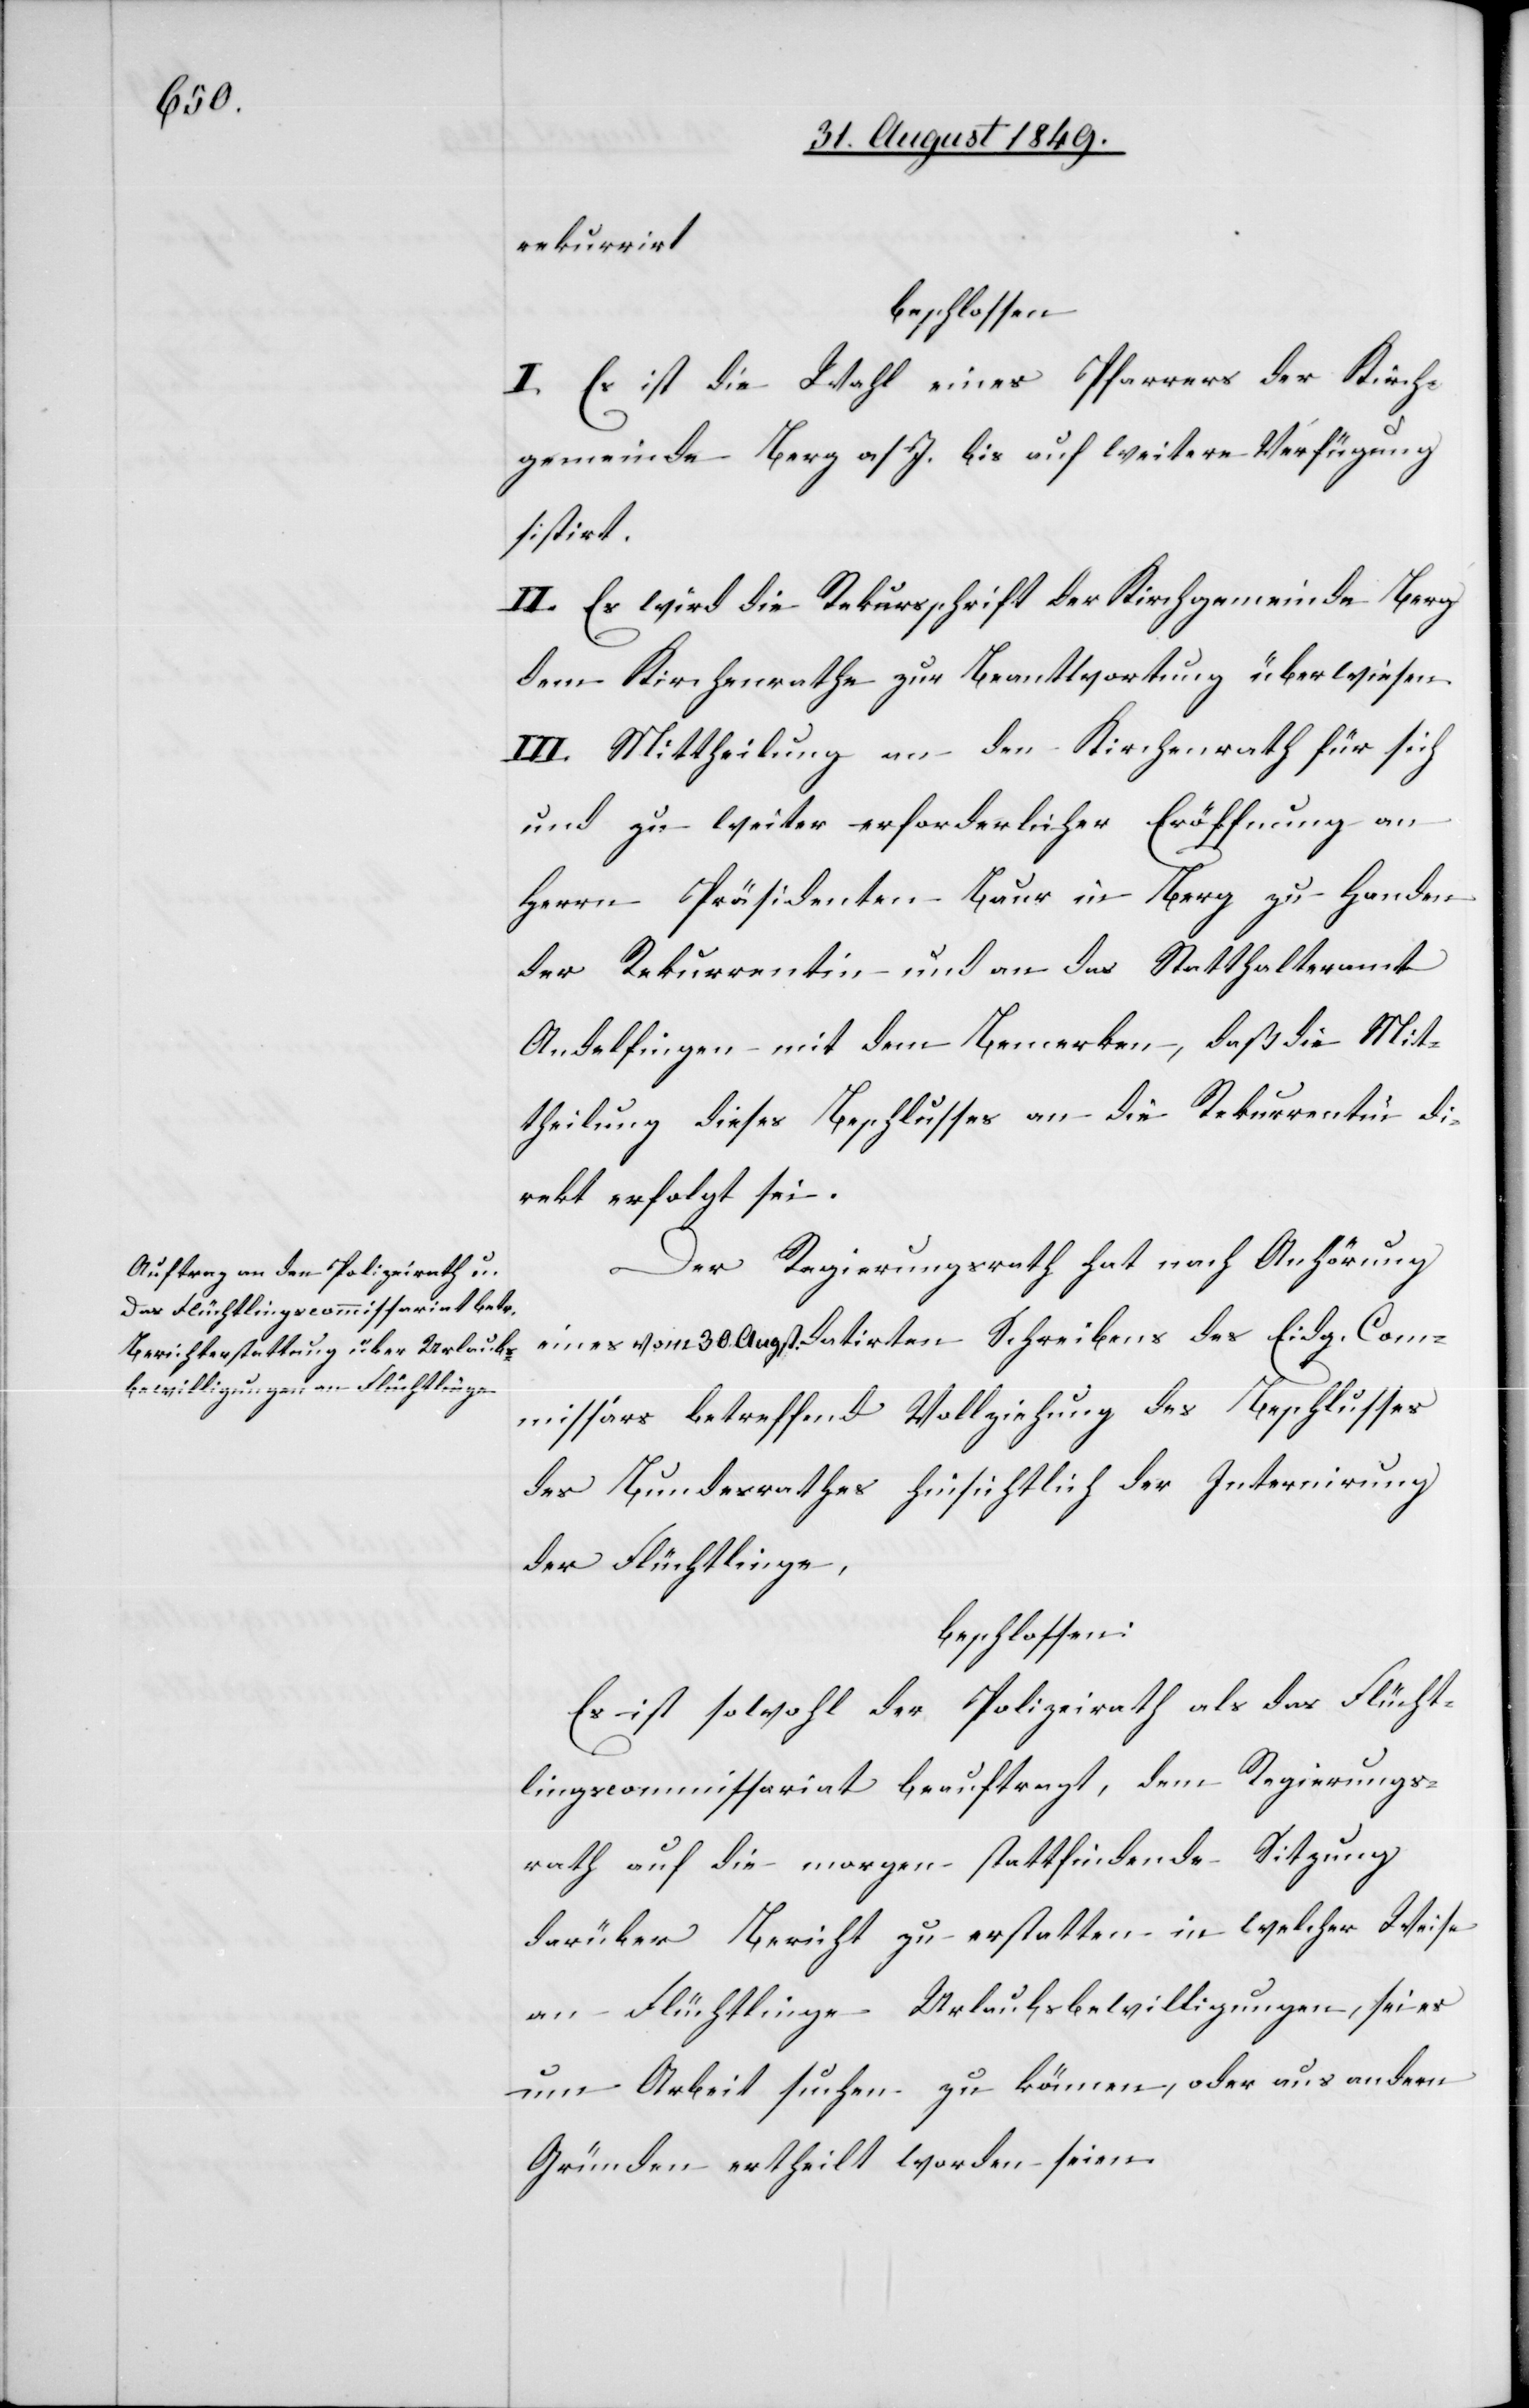
rekurrirt
beschlossen:
I. Es ist die Wahl eines Pfarrers der Kirch¬
gemeinde Berg a/I. bis auf weitere Verfügung
sistirt.
II. Es wird die Rekursschrift der Kirchgemeinde Berg
dem Kirchenrathe zur Beantwortung überwiesen.
III. Mittheilung an den Kirchenrath für sich
und zu weiter erforderlicher Eröffnung an
Herrn Präsidenten Baur in Berg zu Handen
der Rekurrentin und an das Statthalteramt
Andelfingen mit dem Bemerken, daß die Mit¬
theilung dieses Beschlusses an die Rekurrentin di¬
rekt erfolgt sei.
Der Regierungsrath hat nach Anhörung
eines vom 30. Augst. datirten Schreibens des Eidg. Com¬
missärs betreffend Vollziehung des Beschlusses
des Bundesrathes hinsichtlich der Internirung
der Flüchtlinge,
beschlossen:
Es ist sowohl der Polizeirath als das Flücht¬
lingscommissariat beauftragt, dem Regierungs¬
rath auf die morgen stattfindende Sitzung
darüber Bericht zu erstatten in welcher Weise
an Flüchtlinge Urlaubsbewilligungen, sei es
um Arbeit suchen zu können, oder aus andern
Gründen ertheilt worden seien.